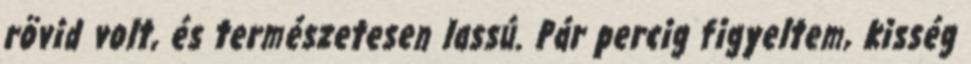
rövid volt, és természetesen lassú. Pár percig figyeltem, kisség